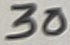
Text: 30